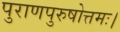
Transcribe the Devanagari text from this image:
पुराणपुरुषोत्तमः।